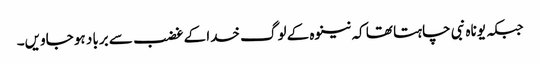
جبکہ یوناہ نبی چاہتا تھا کہ نینوہ کے لوگ خدا کے غضب سے برباد ہو جاویں۔